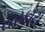
સરકોટા